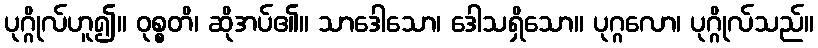
ပုဂ္ဂိုလ်ဟူ၍။ ဝုစ္စတိ၊ ဆိုအပ်၏။ သာဒေါသော၊ ဒေါသရှိသော။ ပုဂ္ဂလော၊ ပုဂ္ဂိုလ်သည်။